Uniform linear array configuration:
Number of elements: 12
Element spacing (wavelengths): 1
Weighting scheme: hann
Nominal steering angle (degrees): -30
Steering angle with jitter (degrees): -31.356
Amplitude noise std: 0.05
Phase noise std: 0.05

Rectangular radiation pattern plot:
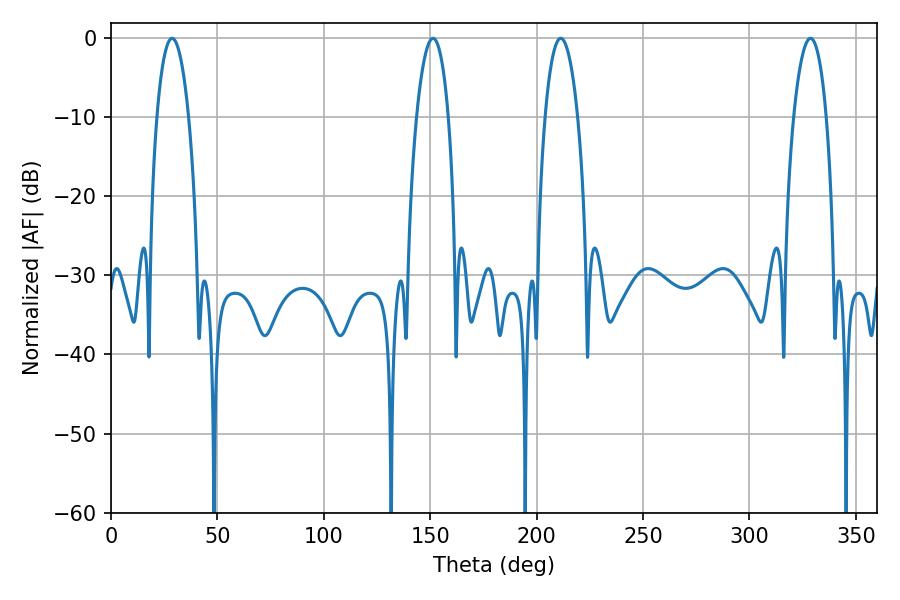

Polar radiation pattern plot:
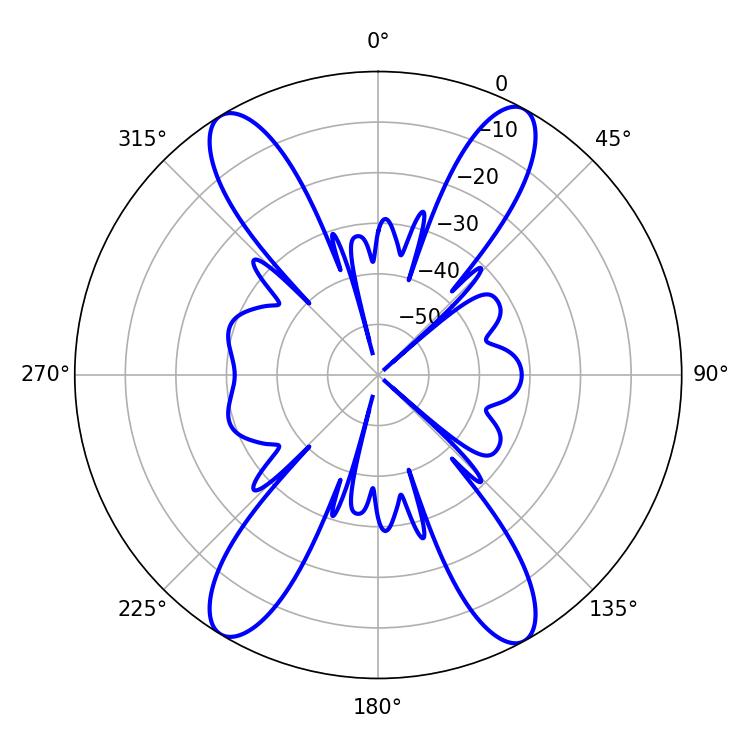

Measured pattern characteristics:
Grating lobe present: TRUE
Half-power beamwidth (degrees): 8.46
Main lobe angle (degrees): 211.32